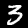
Digit: 3